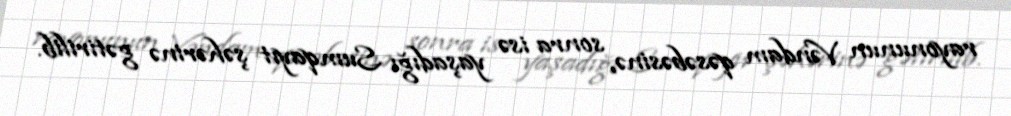
rayonunun Vəndam qəsəbəsinə, sonra isə yaşadığı Sumqayıt şəhərinə gətirilib.